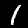
Digit: 1